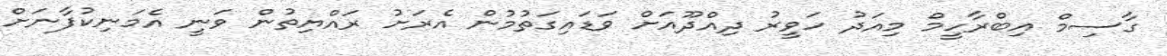
ގާސިމް އިބްރާހީމް މިއަދު ހަވީރު ދިއްދޫއަށް ވަޑައިގަތުމުން އެރަށު ރައްޔިތުން ވަނީ އެމަނިކުފާނަށް